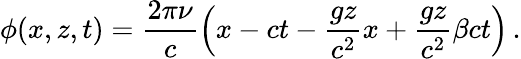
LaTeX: \phi(x,z,t)=\frac{2\pi\nu}{c}\left(x-ct-\frac{gz}{c^{2}}x+\frac{gz}{c^{2}}\beta ct\right)\, .